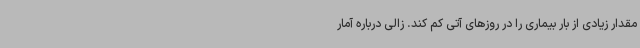
مقدار زیادی از بار بیماری را در روزهای آتی کم کند. زالی درباره آمار